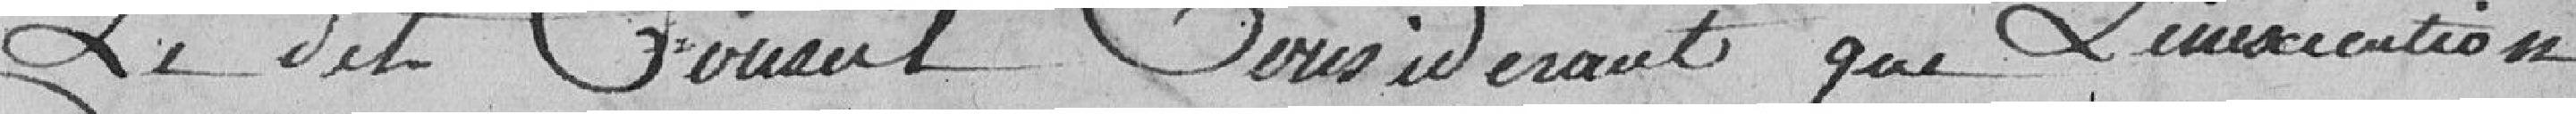
Le dit Conseil considérant que l'inscription